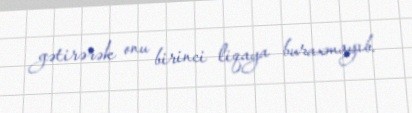
gətirərək onu birinci liqaya buraxmayıb.